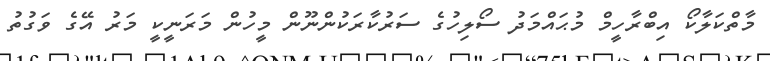
މާތްކަލާކޯ އިބްރާހީމް މުޙައްމަދު ސޯލިހުގެ ސަރުކާރަކުންނޫން މީހުން މަރަނީކީ މަރު އޭގެ ވަގުތު